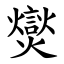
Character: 爕